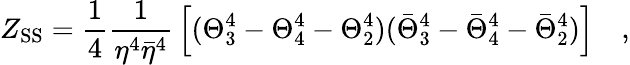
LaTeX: Z_{\mathrm{SS}}={\frac{1}{4}}{\frac{1}{\eta^{4}{\bar{\eta}}^{4}}}\left[(\Theta_{3}^{4}-\Theta_{4}^{4}-\Theta_{2}^{4})({\bar{\Theta}}_{3}^{4}-{\bar{\Theta}}_{4}^{4}-{\bar{\Theta}}_{2}^{4})\right]\quad,